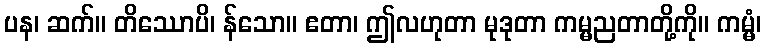
ပန၊ ဆက်။ တိဿောပိ၊ န်သော။ ဧတာ၊ ဤလဟုတာ မုဒုတာ ကမ္မညတာတို့ကို။ ကမ္မံ၊